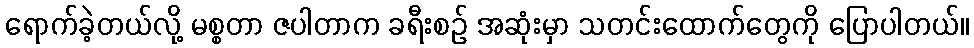
ရောက်ခဲ့တယ်လို့ မစ္စတာ ဇပါတာက ခရီးစဉ် အဆုံးမှာ သတင်းထောက်တွေကို ပြောပါတယ်။